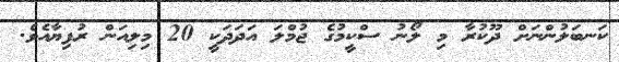
ކަނބަލުންނަށް ދޫކުރާ މި ލޯނު ސްކީމުގެ ޖުމްލަ އަދަދަކީ 20 މިލިއަން ރުފިޔާއެވެ.